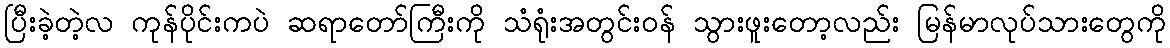
ပြီးခဲ့တဲ့လ ကုန်ပိုင်းကပဲ ဆရာတော်ကြီးကို သံရုံးအတွင်းဝန် သွားဖူးတော့လည်း မြန်မာလုပ်သားတွေကို